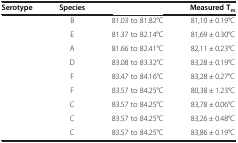
<table><thead><tr><td><b>Serotype</b></td><td><b>Species</b></td><td>[EMPTY_CELL]</td><td><b>Measured T<sub>m</sub></b></td></tr></thead><tbody><tr><td>[EMPTY_CELL]</td><td>B</td><td>81.03 to 81.82°C</td><td>81,10 ± 0.19°C</td></tr><tr><td>[EMPTY_CELL]</td><td>E</td><td>81.37 to 82.14°C</td><td>81,69 ± 0.30°C</td></tr><tr><td>[EMPTY_CELL]</td><td>A</td><td>81.66 to 82.41°C</td><td>82,11 ± 0.23°C</td></tr><tr><td>[EMPTY_CELL]</td><td>D</td><td>83.08 to 83.32°C</td><td>83,28 ± 0.19°C</td></tr><tr><td>[EMPTY_CELL]</td><td>F</td><td>83.47 to 84.16°C</td><td>83,28 ± 0.27°C</td></tr><tr><td>[EMPTY_CELL]</td><td>F</td><td>83.57 to 84.25°C</td><td>80,38 ± 1.23°C</td></tr><tr><td>[EMPTY_CELL]</td><td>C</td><td>83.57 to 84.25°C</td><td>83,78 ± 0.06°C</td></tr><tr><td>[EMPTY_CELL]</td><td>C</td><td>83.57 to 84.25°C</td><td>83,26 ± 0.48°C</td></tr><tr><td>[EMPTY_CELL]</td><td>C</td><td>83.57 to 84.25°C</td><td>83,86 ± 0.19°C</td></tr></tbody></table>